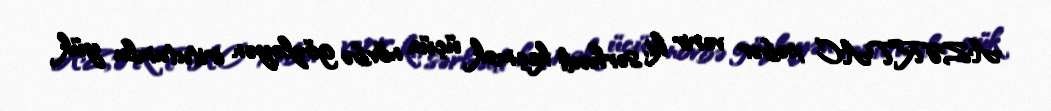
AZƏRTAC xəbər verir ki, sərhədi keçmək üçün növbə gözləyən iritutumlu yük